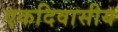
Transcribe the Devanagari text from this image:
एकदिवासीय